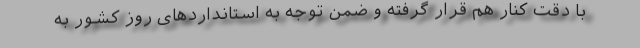
با دقت کنار هم قرار گرفته و ضمن توجه به استانداردهای روز کشور به